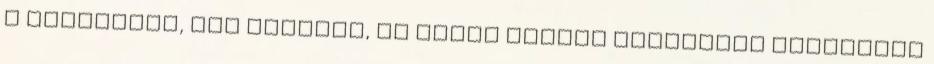
a kölyöknek, aki vihogva, az egyik ápolót használta fedezékül